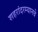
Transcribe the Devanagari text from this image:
शहरांदरम्यानचे